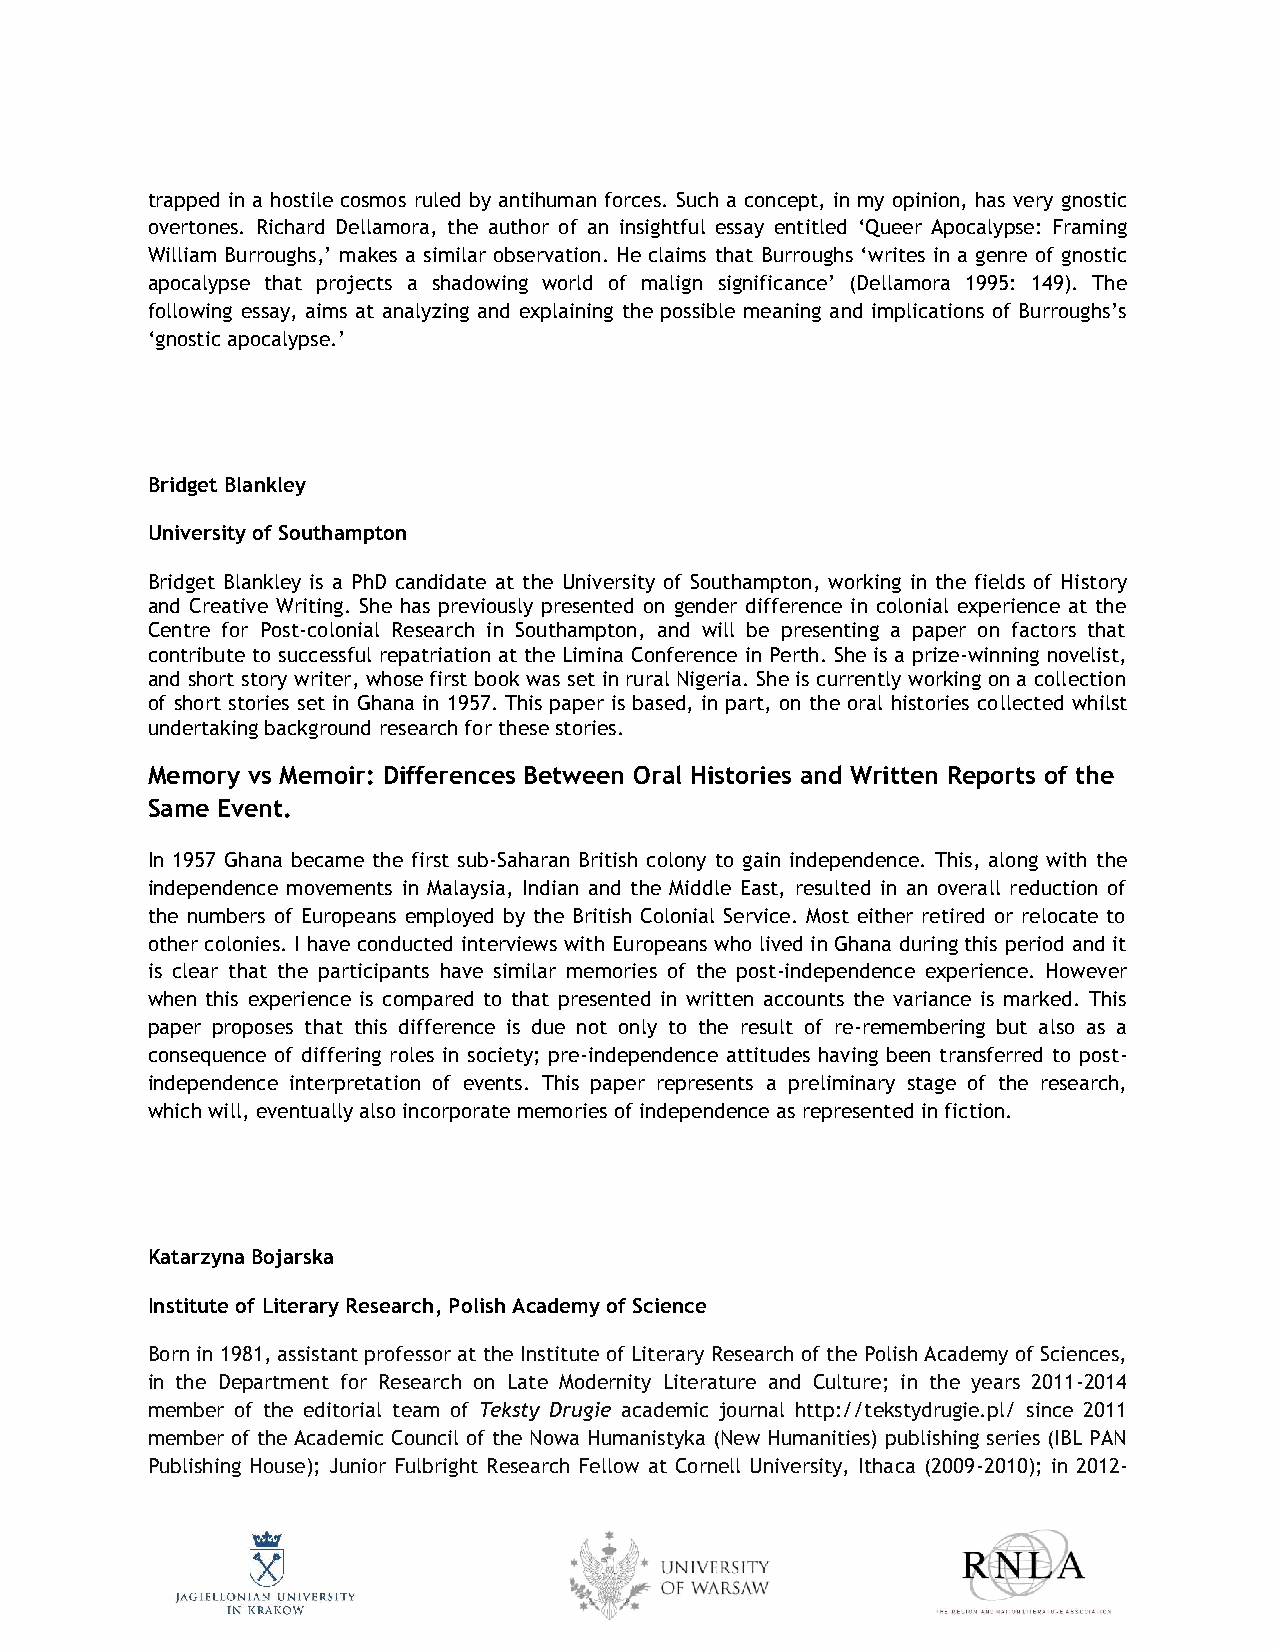
trapped in a hostile cosmos ruled by antihuman forces. Such a concept, in my opinion, has very gnostic
 overtones. Richard Dellamora, the author of an insightful essay entitled ‘Queer Apocalypse: Framing
 William Burroughs,’ makes a similar observation. He claims that Burroughs ‘writes in a genre of gnostic
 apocalypse that projects a shadowing world of malign significance’ (Dellamora 1995: 149). The
 following essay, aims at analyzing and explaining the possible meaning and implications of Burroughs’s
 ‘gnostic apocalypse.’
 Bridget Blankley
 University of Southampton
 Bridget Blankley is a PhD candidate at the University of Southampton, working in the fields of History
 and Creative Writing. She has previously presented on gender difference in colonial experience at the
 Centre for Post-colonial Research in Southampton, and will be presenting a paper on factors that
 contribute to successful repatriation at the Limina Conference in Perth. She is a prize-winning novelist,
 and short story writer, whose first book was set in rural Nigeria. She is currently working on a collection
 of short stories set in Ghana in 1957. This paper is based, in part, on the oral histories collected whilst
 undertaking background research for these stories.
 Memory vs Memoir: Differences Between Oral Histories and Written Reports of the
 Same Event.
 In 1957 Ghana became the first sub-Saharan British colony to gain independence. This, along with the
 independence movements in Malaysia, Indian and the Middle East, resulted in an overall reduction of
 the numbers of Europeans employed by the British Colonial Service. Most either retired or relocate to
 other colonies. I have conducted interviews with Europeans who lived in Ghana during this period and it
 is clear that the participants have similar memories of the post-independence experience. However
 when this experience is compared to that presented in written accounts the variance is marked. This
 paper proposes that this difference is due not only to the result of re-remembering but also as a
 consequence of differing roles in society; pre-independence attitudes having been transferred to post-
 independence interpretation of events. This paper represents a preliminary stage of the research,
 which will, eventually also incorporate memories of independence as represented in fiction.
 Katarzyna Bojarska
 Institute of Literary Research, Polish Academy of Science
 Born in 1981, assistant professor at the Institute of Literary Research of the Polish Academy of Sciences,
 in the Department for Research on Late Modernity Literature and Culture; in the years 2011-2014
 member of the editorial team of Teksty Drugie academic journal http://tekstydrugie.pl/ since 2011
 member of the Academic Council of the Nowa Humanistyka (New Humanities) publishing series (IBL PAN
 Publishing House); Junior Fulbright Research Fellow at Cornell University, Ithaca (2009-2010); in 2012-